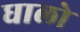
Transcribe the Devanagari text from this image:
धालो